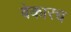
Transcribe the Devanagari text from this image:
बेकारच